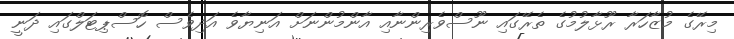
މިރޭގެ މުޒާހަރާ ރޫޅާލުމުގެ ތެރޭގައި ނޫސްވެރިންނާއި އާންމުންނަށް އަނިޔާވެ އަދިވެސް ހޮސްޕިޓަލްގައި ދަނީ